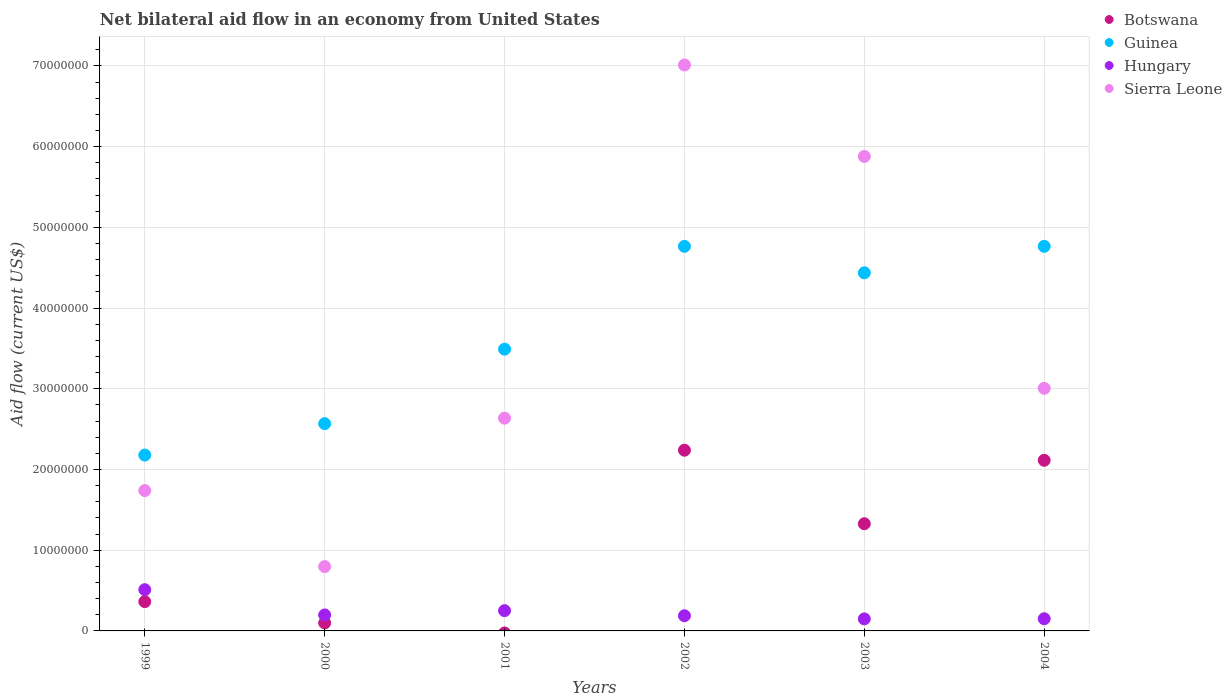
| Years | Botswana | Guinea | Hungary | Sierra Leone |
 | --- | --- | --- | --- | --- |
 | 1999 | 3.63e+06 | 2.18e+07 | 5.11e+06 | 1.74e+07 |
 | 2000 | 9.9e+05 | 2.57e+07 | 1.98e+06 | 7.97e+06 |
 | 2001 | -2.5e+05 | 3.49e+07 | 2.51e+06 | 2.64e+07 |
 | 2002 | 2.24e+07 | 4.76e+07 | 1.88e+06 | 7.01e+07 |
 | 2003 | 1.33e+07 | 4.44e+07 | 1.49e+06 | 5.88e+07 |
 | 2004 | 2.11e+07 | 4.76e+07 | 1.51e+06 | 3.01e+07 |